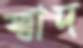
স্বাদ